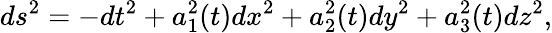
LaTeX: ds^{2}=-dt^{2}+a_{1}^{2}(t)dx^{2}+a_{2}^{2}(t)dy^{2}+a_{3}^{2}(t)dz^{2},